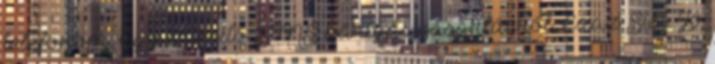
telefonom. Egy értesítő SMS kártyás vásárlásról. Ezaz Sisi. Jó